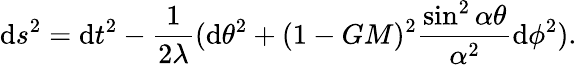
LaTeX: \mathrm{d}s^{2}=\mathrm{d}t^{2}-\frac{{1}}{{2\lambda}}(\mathrm{d}\theta^{2}+(1-GM)^{2}\frac{{\sin^{2}\alpha\theta}}{{\alpha^{2}}}\mathrm{d}\phi^{2}).